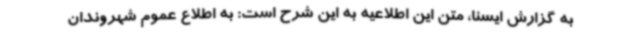
به گزارش ایسنا، متن این اطلاعیه به این شرح است: به اطلاع عموم شهروندان